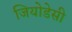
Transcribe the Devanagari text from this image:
जियोडेसी